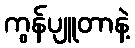
ကွန်ပျူတာနဲ့